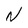
Character: N